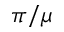
\pi / \mu